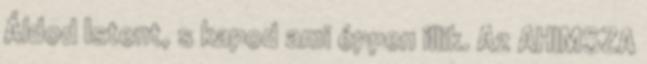
Áldod Istent, s kapod ami éppen illik. Az AHIMSZA